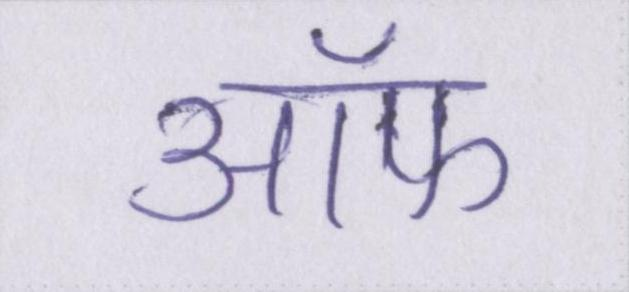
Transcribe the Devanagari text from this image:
ऑफ